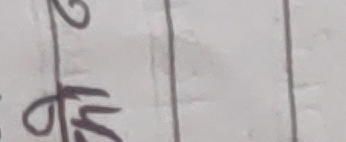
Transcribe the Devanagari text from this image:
६। ५